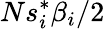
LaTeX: Ns_{i}^{*}\beta_{i}/2